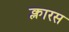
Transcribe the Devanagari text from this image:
क्लारस